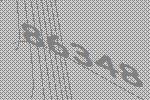
86348